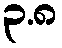
၃.၈